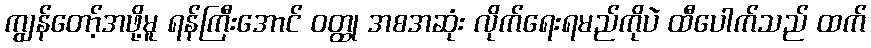
ကျွန်တော့်အဖို့မူ ရန်ကြီးအောင် ဝတ္ထု အစအဆုံး လိုက်ရေးရမည်ကိုပဲ ထီပေါက်သည် ထက်